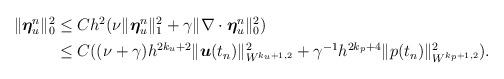
LaTeX: \begin{align*}\begin{aligned}\|\boldsymbol{\eta}_u^n\|_0^2&\leq C h^2(\nu\|\boldsymbol{\eta}_u^n\|_1^2+\gamma\| \nabla\cdot\boldsymbol{\eta}_u^n\|_0^2) \\ &\leq C ((\nu+ \gamma)h^{2k_u+2}\|\boldsymbol{u}(t_n)\|_{W^{k_u+1,2}}^2+\gamma^{-1}h^{2k_p+4}\|p(t_n)\|_{W^{k_p+1,2}}^2). \end{aligned}\end{align*}